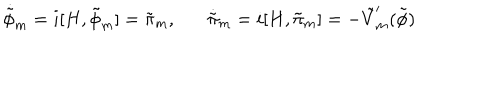
\dot { \tilde { \phi } } _ { m } = i [ H , \tilde { \phi } _ { m } ] = \tilde { \pi } _ { m } , \dot { \tilde { \pi } } _ { m } = i [ H , \tilde { \pi } _ { m } ] = - \tilde { V } _ { m } ^ { \prime } ( \tilde { \phi } )